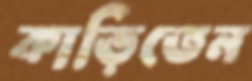
কাড়িতেন